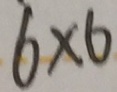
6 \times 6